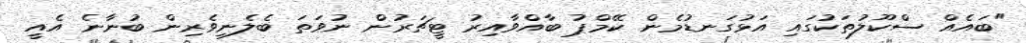
"ބައެއް ސްކޫލުތަކުގައި އަޅުގަނޑުމެން ކޭމްޕު ބާއްވާއިރު ޓީޗަރުން ނުވަތަ ބެލެނިވެރިން ބުނާނެ އެއީ